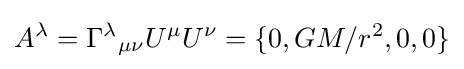
A^{\lambda }=\Gamma ^{\lambda }{}_{\mu \nu }U^{\mu }U^{\nu }=\{0,GM/r^{2},0,0\}